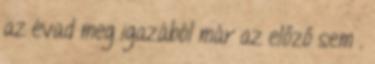
az évad meg igazából már az előző sem .